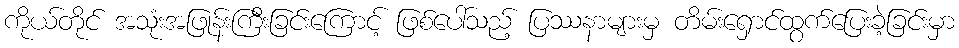
ကိုယ်တိုင် အသုံးအဖြုန်းကြီးခြင်းကြောင့် ဖြစ်ပေါ်သည့် ပြဿနာများမှ တိမ်းရှောင်ထွက်ပြေးခဲ့ခြင်းမှာ